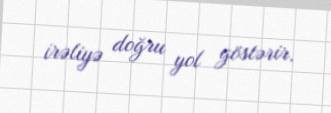
irəliyə doğru yol göstərir.